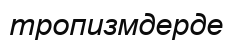
тропизмдерде